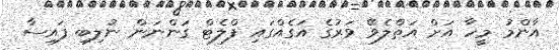
އާންމު މީހާ އަށް އަތްލެވޭ ވަރުގެ އަގެއްގައި ފްލެޓް ގަންނަން ނުލިބި ފައިސާ